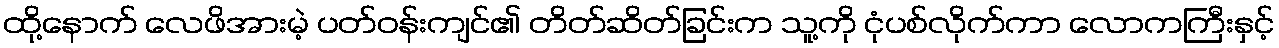
ထို့နောက် လေဖိအားမဲ့ ပတ်ဝန်းကျင်၏ တိတ်ဆိတ်ခြင်းက သူ့ကို ငုံပစ်လိုက်ကာ လောကကြီးနှင့်